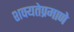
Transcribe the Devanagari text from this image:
शक्यतेप्रमाणे